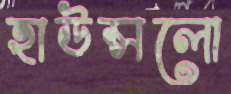
হাউন্সলো